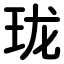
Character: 珑